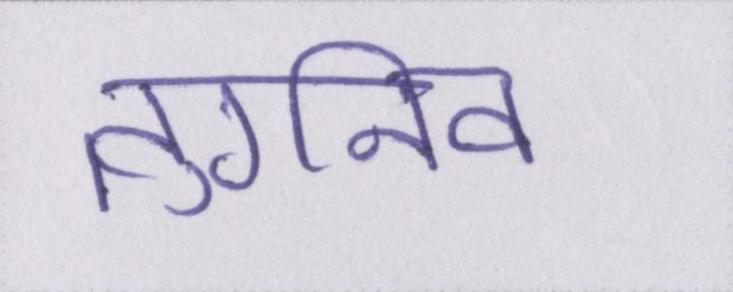
तुर्गनेव